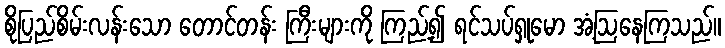
စိုပြည်စိမ်းလန်းသော တောင်တန်း ကြီးများကို ကြည့်၍ ရင်သပ်ရှုမော အံ့ဩနေကြသည်။